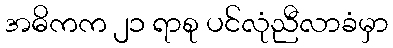
အဓိကက ၂၁ ရာစု ပင်လုံညီလာခံမှာ